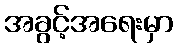
အခွင့်အရေးမှာ